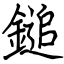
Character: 鎚